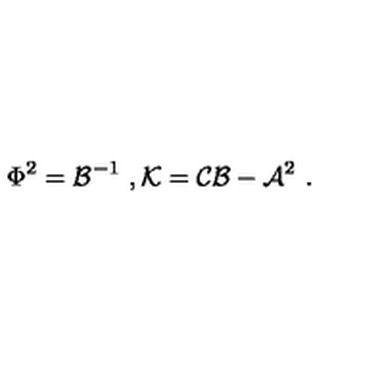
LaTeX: \Phi ^ { 2 } = { \cal B } ^ { - 1 } \ , { \cal K } = { \cal C } { \cal B } - { \cal A } ^ { 2 } \ .